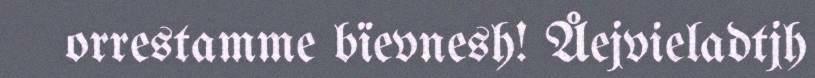
orrestamme bïevnesh! Åejvieladtjh